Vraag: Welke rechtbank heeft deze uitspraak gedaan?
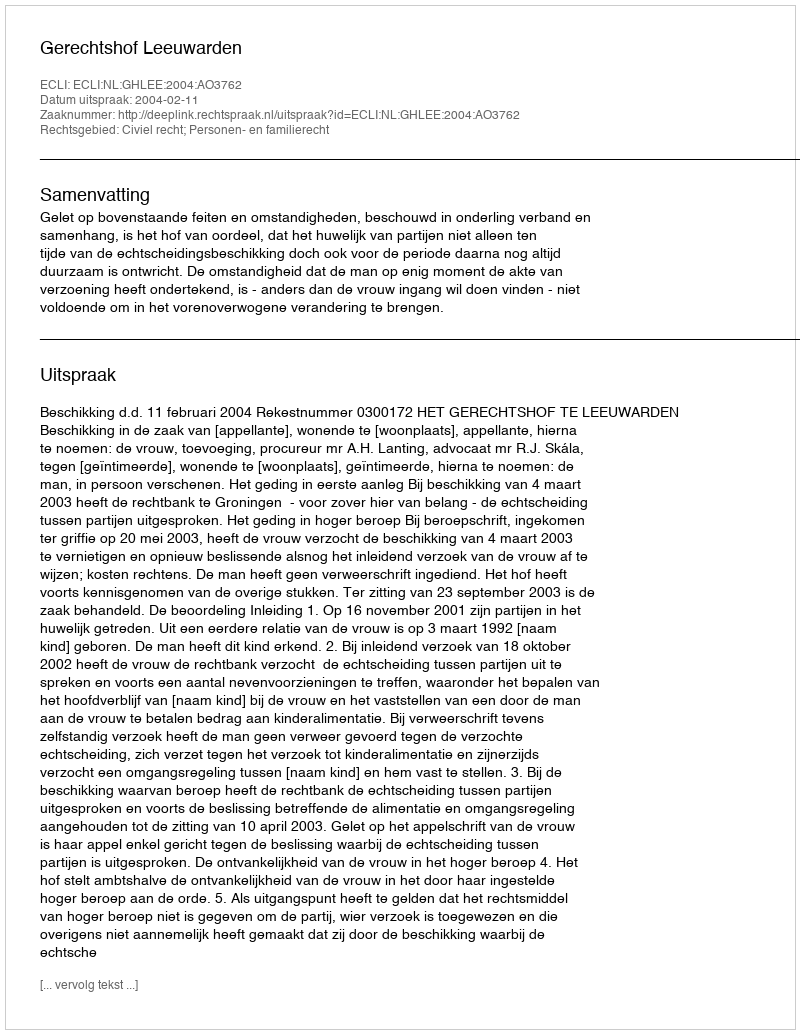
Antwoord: Gerechtshof Leeuwarden